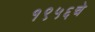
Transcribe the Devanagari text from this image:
१९५६चे